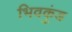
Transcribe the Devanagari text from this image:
भिवकुंड